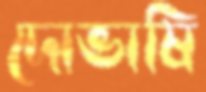
দোভাষি